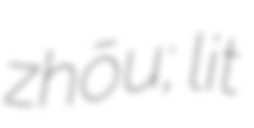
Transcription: zhōu; lit